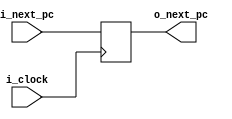
`timescale 1ns / 1ps
//////////////////////////////////////////////////////////////////////////////////
// Company: 
// Engineer: 
// 
// Create Date: 
// Design Name: 
// Module Name: latch
// Project Name: 
// Target Devices: 
// Tool Versions: 
// Description: 
// 
// Dependencies: 
// 
// Revision:
// Revision 0.01 - File Created
// Additional Comments:
// 
//////////////////////////////////////////////////////////////////////////////////

// Guarda el valor del PC+4, puede ser distinto del que recibe el instruction memory que pasa por multiplexores
module latch#(
    parameter WIDTH = 32
)(
    input i_clock,
    input [WIDTH-1:0] i_next_pc,   
    output reg [WIDTH-1:0] o_next_pc
    );
    
    always@(posedge i_clock)begin
        o_next_pc <= i_next_pc;
    end
    
endmodule